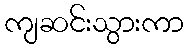
ကျဆင်းသွားကာ